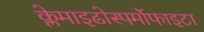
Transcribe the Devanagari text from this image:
क्लेमाइढोस्पर्मोफाइटा